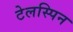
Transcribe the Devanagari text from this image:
टेलस्पिन